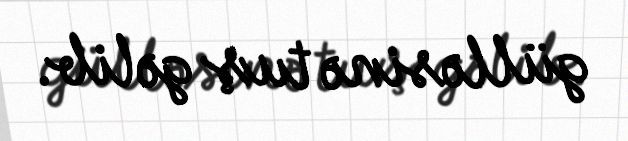
gülləsinə tuş gəlib.